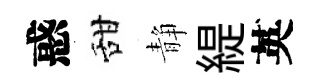
惑甜静緹英